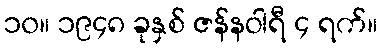
၁၀။ ၁၉၄၈ ခုနှစ် ဇန်နဝါရီ ၄ ရက်။